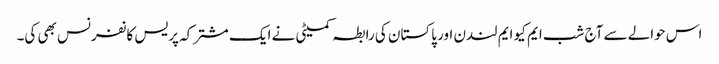
اس حوالے سے آج شب ایم کیو ایم لندن اور پاکستان کی رابطہ کمیٹی نے ایک مشترکہ پریس کانفرنس بھی کی۔